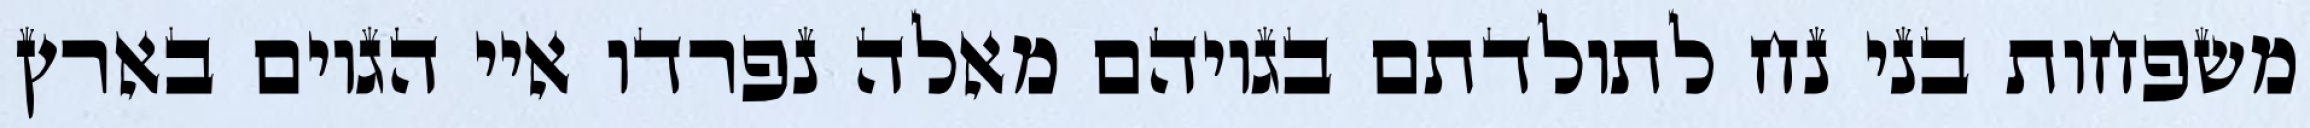
משפחות בני נח לתולדתם בגויהם מאלה נפרדו איי הגוים בארץ